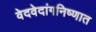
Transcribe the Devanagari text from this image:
वेदवेदांगनिष्णात